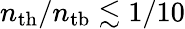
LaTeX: n_{\mathrm{th}}/n_{\mathrm{tb}}\lesssim 1/10